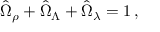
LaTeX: \hat { \Omega } _ { \rho } + \hat { \Omega } _ { \Lambda } + \hat { \Omega } _ { \lambda } = 1 \, ,